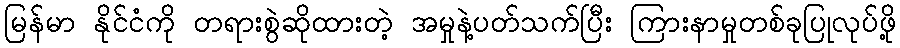
မြန်မာ နိုင်ငံကို တရားစွဲဆိုထားတဲ့ အမှုနဲ့ပတ်သက်ပြီး ကြားနာမှုတစ်ခုပြုလုပ်ဖို့